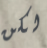
لكن